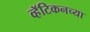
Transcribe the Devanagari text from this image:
व्हॅटिकनच्या